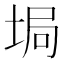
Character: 𡌟